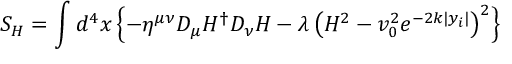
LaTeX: { \cal S } _ { H } = \int d ^ { 4 } x \left\{ - \eta ^ { \mu \nu } D _ { \mu } H ^ { \dagger } D _ { \nu } H - \lambda \left( H ^ { 2 } - v _ { 0 } ^ { 2 } e ^ { - 2 k | y _ { i } | } \right) ^ { 2 } \right\}